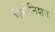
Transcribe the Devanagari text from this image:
प्रिमोनिशन